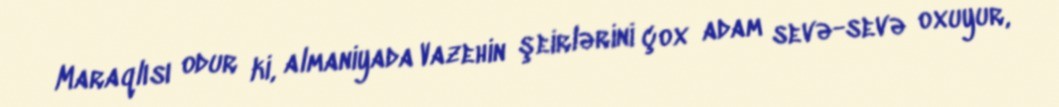
Maraqlısı odur ki, almaniyada Vazehin şeirlərini çox adam sevə-sevə oxuyur,